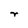
Character: r